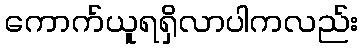
ကောက်ယူရရှိလာပါကလည်း